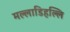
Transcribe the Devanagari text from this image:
मल्‍लाडिहल्‍लि